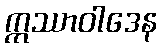
ဣဿာဝါဒေန